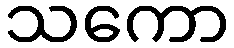
သကော